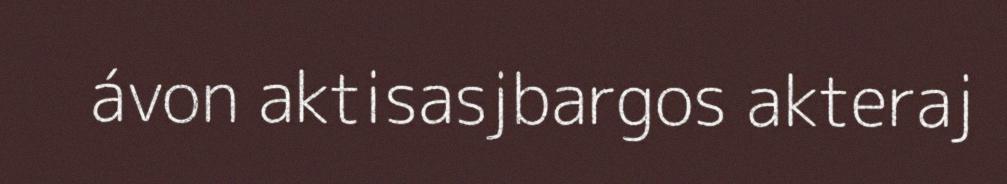
ávon aktisasjbargos akteraj